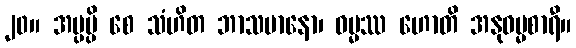
၂၀။ အပ္ပမ္ပိ စေ သံဟိတ ဘာသမာနော၊ ဓမ္မဿ ဟောတိ အနုဓမ္မစာရီ။